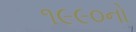
૧૯૯૦નો